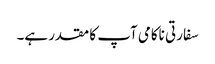
سفارتی ناکامی آپ کا مقدر ہے۔